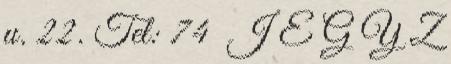
u. 22. Tel: 74 J E G Y Z